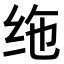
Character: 𫄟